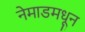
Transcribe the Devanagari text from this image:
नेमाडमधून